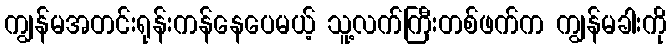
ကျွန်မအတင်းရုန်းကန်နေပေမယ့် သူ့လက်ကြီးတစ်ဖက်က ကျွန်မခါးကို